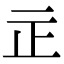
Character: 㱏